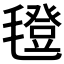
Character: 𣰆